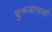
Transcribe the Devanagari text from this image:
बुरूजापाशी